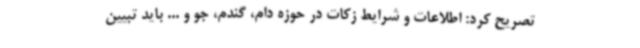
تصریح کرد: اطلاعات و شرایط زکات در حوزه دام، گندم، جو و ... باید تبیین